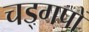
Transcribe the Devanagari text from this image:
चड्गपों